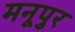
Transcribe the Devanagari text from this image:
मनूपुर